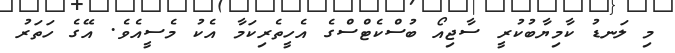
މި ލަނޑު ކާމިޔާބުކުރީ ސާޖިއޯ ބުސްކެޓްސްގެ އެހީތެރިކަމާ އެކު މެސީއެވެ. އޭގެ ހަތަރު